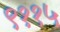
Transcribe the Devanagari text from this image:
९११५